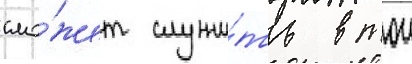
смо́жет служи́ть в тои